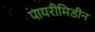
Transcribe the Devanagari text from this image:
पायरीमिडीन